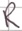
Text: R